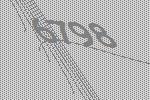
6798